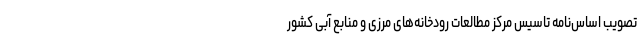
تصویب اساس‌نامه تاسیس مرکز مطالعات رودخانه‌های مرزی و منابع آبی کشور